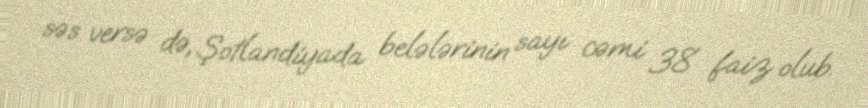
səs versə də, Şotlandiyada belələrinin sayı cəmi 38 faiz olub.